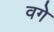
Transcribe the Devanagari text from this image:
वगे